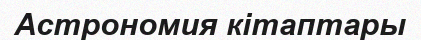
Астрономия кітаптары